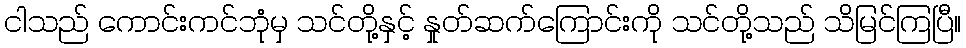
ငါသည် ကောင်းကင်ဘုံမှ သင်တို့နှင့် နှုတ်ဆက်ကြောင်းကို သင်တို့သည် သိမြင်ကြပြီ။